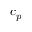
c _ { p }